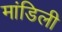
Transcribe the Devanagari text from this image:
मांडिली